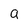
Character: a